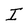
Character: I